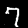
Digit: 7